Report of the Indian Hemp Drugs Commission, 1894-1895 - Volume I
Year: 1894
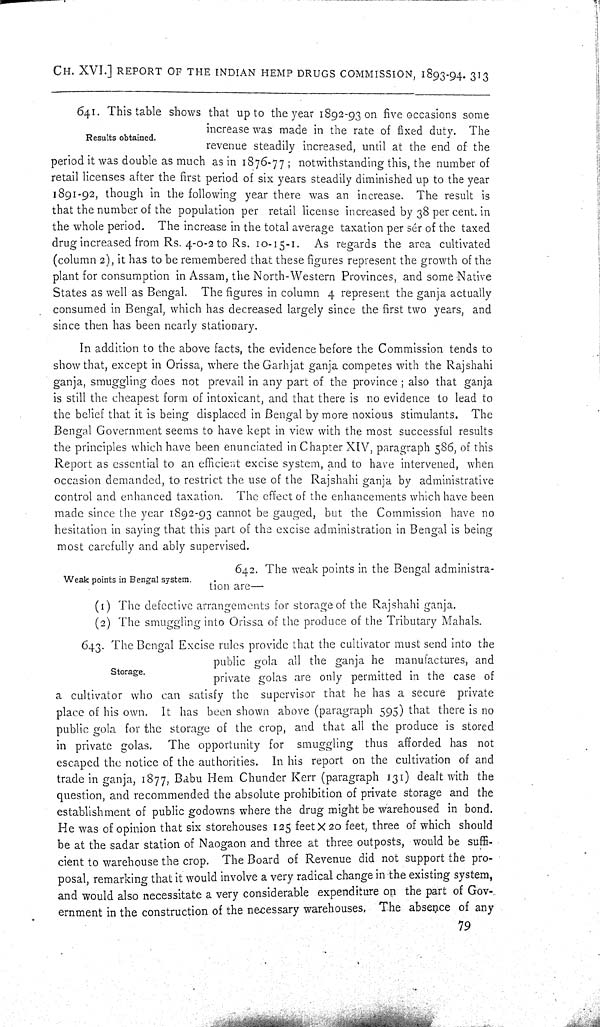
CH. XVI.] REPORT OF THE INDIAN HEMP DRUGS COMMISSION, 1893-94. 313
Results obtained.
641. This table shows that up to the year 1892-93 on five occasions some
increase was made in the rate of fixed duty. The
revenue steadily increased, until at the end of the
period it was double as much as in 1876-77; notwithstanding this, the number of
retail licenses after the first period of six years steadily diminished up to the year
1891-92, though in the following year there was an increase. The result is
that the number of the population per retail license increased by 38 per cent. in
the whole period. The increase in the total average taxation per sér of the taxed
drug increased from Rs. 4-0-2 to Rs. 10-15-1. As regards the area cultivated
(column 2), it has to be remembered that these figures represent the growth of the
plant for consumption in Assam, the North-Western Provinces, and some Native
States as well as Bengal. The figures in column 4 represent the ganja actually
consumed in Bengal, which has decreased largely since the first two years, and
since then has been nearly stationary.
In addition to the above facts, the evidence before the Commission tends to
show that, except in Orissa, where the Garhjat ganja competes with the Rajshahi
ganja, smuggling does not prevail in any part of the province; also that ganja
is still the cheapest form of intoxicant, and that there is no evidence to lead to
the belief that it is being displaced in Bengal by more noxious stimulants. The
Bengal Government seems to have kept in view with the most successful results
the principles which have been enunciated in Chapter XIV, paragraph 586, of this
Report as essential to an efficient excise system, and to have intervened, when
occasion demanded, to restrict the use of the Rajshahi ganja by administrative
control and enhanced taxation. The effect of the enhancements which have been
made since the year 1892-93 cannot be gauged, but the Commission have no
hesitation in saying that this part of the excise administration in Bengal is being
most carefully and ably supervised.
Weak points in Bengal system.
642. The weak points in the Bengal administra-
tion are—
(1) The defective arrangements for storage of the Rajshahi ganja.
(2) The smuggling into Orissa of the produce of the Tributary Mahals.
Storage.
643. The Bengal Excise rules provide that the cultivator must send into the
public gola all the ganja he manufactures, and
private golas are only permitted in the case of
a cultivator who can satisfy the supervisor that he has a secure private
place of his own. It has been shown above (paragraph 595) that there is no
public gola for the storage of the crop, and that all the produce is stored
in private golas. The opportunity for smuggling thus afforded has not
escaped the notice of the authorities. In his report on the cultivation of and
trade in ganja, 1877, Babu Hem Chunder Kerr (paragraph 131) dealt with the
question, and recommended the absolute prohibition of private storage and the
establishment of public godowns where the drug might be warehoused in bond.
He was of opinion that six storehouses 125 feet X 20 feet, three of which should
be at the sadar station of Naogaon and three at three outposts, would be suffi-
cient to warehouse the crop. The Board of Revenue did not support the pro-
posal, remarking that it would involve a very radical change in the existing system,
and would also necessitate a very considerable expenditure on the part of Gov-
ernment in the construction of the necessary warehouses. The absence of any
79